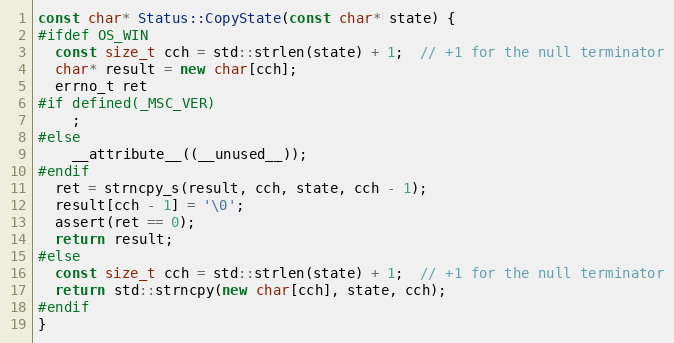
Language: C++
const char* Status::CopyState(const char* state) {
#ifdef OS_WIN
  const size_t cch = std::strlen(state) + 1;  // +1 for the null terminator
  char* result = new char[cch];
  errno_t ret
#if defined(_MSC_VER)
    ;
#else
    __attribute__((__unused__));
#endif
  ret = strncpy_s(result, cch, state, cch - 1);
  result[cch - 1] = '\0';
  assert(ret == 0);
  return result;
#else
  const size_t cch = std::strlen(state) + 1;  // +1 for the null terminator
  return std::strncpy(new char[cch], state, cch);
#endif
}